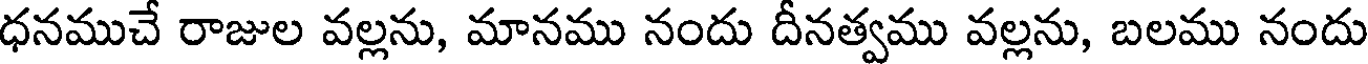
ధనముచే రాజుల వల్లను, మానము నందు దీనత్వము వల్లను, బలము నందు